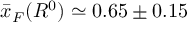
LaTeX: \bar { x } _ { F } ( R ^ { 0 } ) \simeq 0 . 6 5 \pm 0 . 1 5